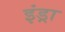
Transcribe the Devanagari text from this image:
इंड्रा